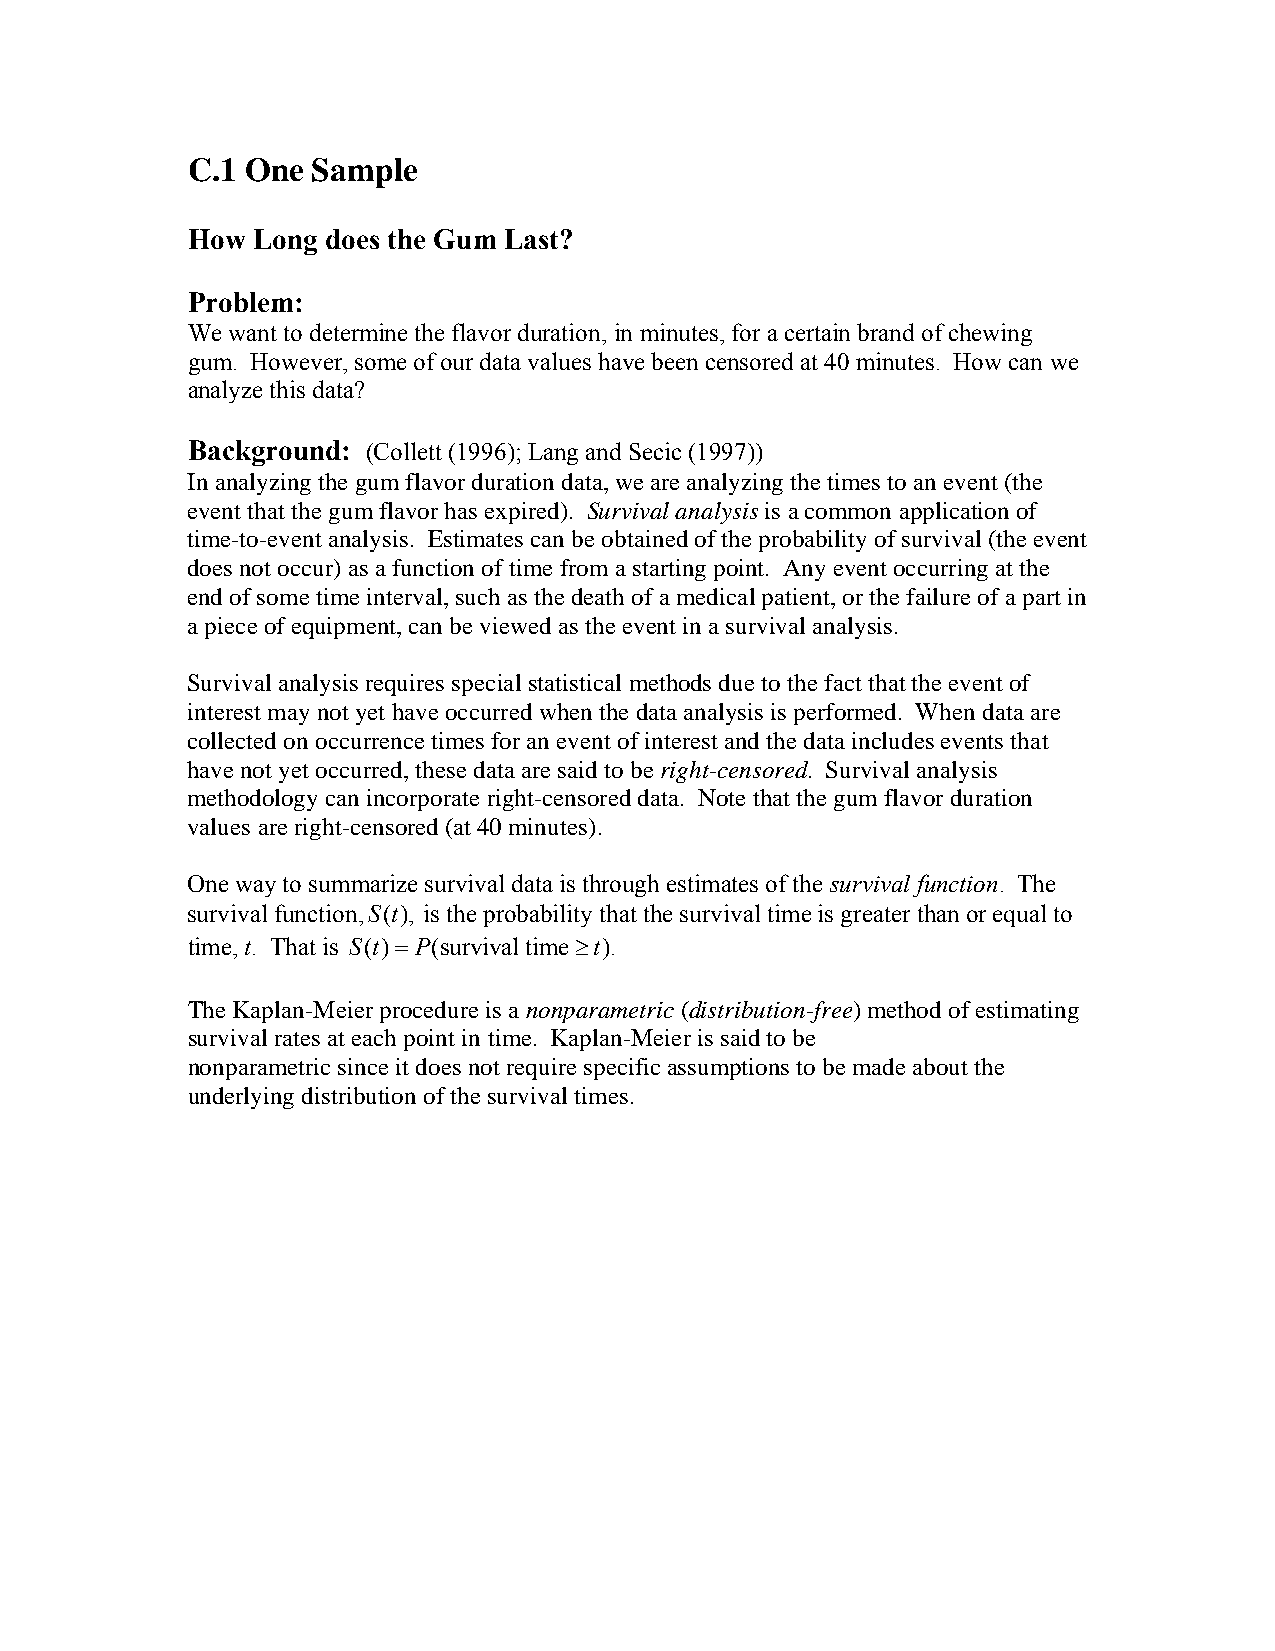
C.1 One  Sample
 How  Long does the Gum Last?
 Problem:
 We want to determine the flavor duration, in minutes, for a certain brand of chewing
 gum. However, some of our data values have been censored at 40 minutes. How can we
 analyze this data?
 Background: (Collett (1996); Lang and Secic (1997))
 In analyzing the gum flavor duration data, we are analyzing the times to an event (the
 event that the gum flavor has expired). Survival analysis is a common application of
 time-to-event analysis. Estimates can be obtained of the probability of survival (the event
 does not occur) as a function of time from a starting point. Any event occurring at the
 end of some time interval, such as the death of a medical patient, or the failure of a part in
 a piece of equipment, can be viewed as the event in a survival analysis.
 Survival analysis requires special statistical methods due to the fact that the event of
 interest may not yet have occurred when the data analysis is performed. When data are
 collected on occurrence times for an event of interest and the data includes events that
 have not yet occurred, these data are said to be right-censored. Survival analysis
 methodology can incorporate right-censored data. Note that the gum flavor duration
 values are right-censored (at 40 minutes).
 One way to summarize survival data is through estimates of the survival function. The
 survival function,S(t), is the probability that the survival time is greater than or equal to
 time, t. That is S(t)= P(survival time≥t).
 The Kaplan-Meier procedure is a nonparametric (distribution-free) method of estimating
 survival rates at each point in time. Kaplan-Meier is said to be
 nonparametric since it does not require specific assumptions to be made about the
 underlying distribution of the survival times.